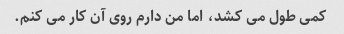
کمی طول می کشد، اما من دارم روی آن کار می کنم.